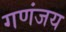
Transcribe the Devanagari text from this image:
गणंजय